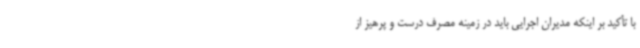
با تأکید بر اینکه مدیران اجرایی باید در زمینه مصرف درست و پرهیز از